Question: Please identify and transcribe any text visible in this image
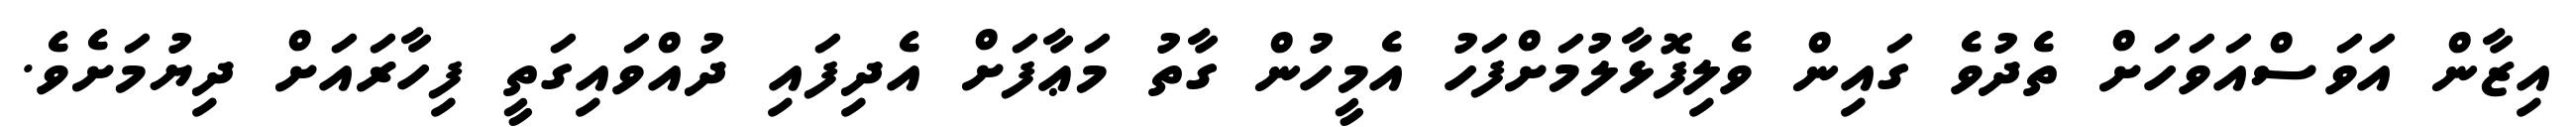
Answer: އިޒާން އަވަސްއަވަހަށް ތެދުވެ ގައިން ވެލިފޮޅާލުމަށްފަހު އެމީހުން ގާތު މަޢާފަށް އެދިފައި ދުއްވައިގަތީ ފިހާރައަށް ދިޔުމަށެވެ.